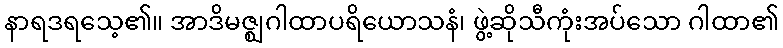
နာရဒရသေ့၏။ အာဒိမဇ္ဈဂါထာပရိယောသနံ၊ ဖွဲ့ဆိုသီကုံးအပ်သော ဂါထာ၏